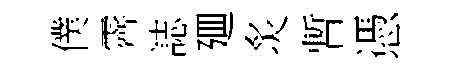
僕霽誌廽炙暫憑